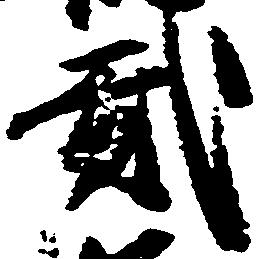
弐